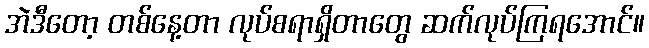
အဲဒီတော့ တစ်နေ့တာ လုပ်စရာရှိတာတွေ ဆက်လုပ်ကြရအောင်။